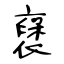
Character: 襃